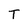
Character: T